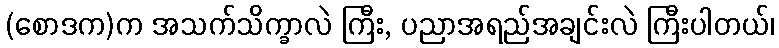
(စောဒက)က အသက်သိက္ခာလဲ ကြီး, ပညာအရည်အချင်းလဲ ကြီးပါတယ်၊